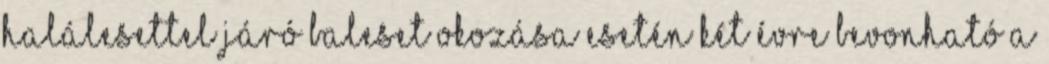
halálesettel járó baleset okozása esetén két évre bevonható a